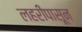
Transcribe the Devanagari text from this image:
लहरींपासून